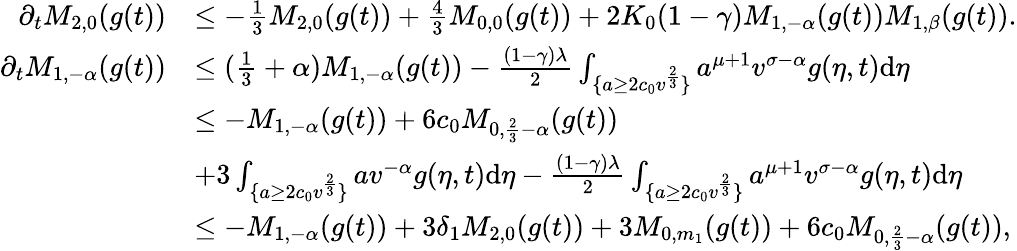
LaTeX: \begin{array}{rl}{\partial_{t}M_{2,0}(g(t))}&{\leq-\frac{1}{3}M_{2,0}(g(t))+\frac{4}{3}M_{0,0}(g(t))+2K_{0}(1-\gamma)M_{1,-\alpha}(g(t))M_{1,\beta}(g(t)).}\\ {\partial_{t}M_{1,-\alpha}(g(t))}&{\leq(\frac{1}{3}+\alpha)M_{1,-\alpha}(g(t))-\frac{(1-\gamma)\lambda}{2}\int_{\{ a\geq 2c_{0}v^{\frac{2}{3}}\} }a^{\mu+1}v^{\sigma-\alpha}g(\eta,t)\textup{d}\eta}\\ &{\leq-M_{1,-\alpha}(g(t))+6c_{0}M_{0,\frac{2}{3}-\alpha}(g(t))}\\ &{+3\int_{\{ a\geq 2c_{0}v^{\frac{2}{3}}\} }av^{-\alpha}g(\eta,t)\textup{d}\eta-\frac{(1-\gamma)\lambda}{2}\int_{\{ a\geq 2c_{0}v^{\frac{2}{3}}\} }a^{\mu+1}v^{\sigma-\alpha}g(\eta,t)\textup{d}\eta}\\ &{\leq-M_{1,-\alpha}(g(t))+3\delta_{1}M_{2,0}(g(t))+3M_{0,m_{1}}(g(t))+6c_{0}M_{0,\frac{2}{3}-\alpha}(g(t)),}\end{array}